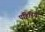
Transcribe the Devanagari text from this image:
पहिड़ियो